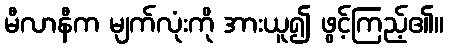
မီလာနီက မျက်လုံးကို အားယူ၍ ဖွင့်ကြည့်၏။